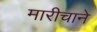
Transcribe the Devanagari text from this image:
मारीचाने